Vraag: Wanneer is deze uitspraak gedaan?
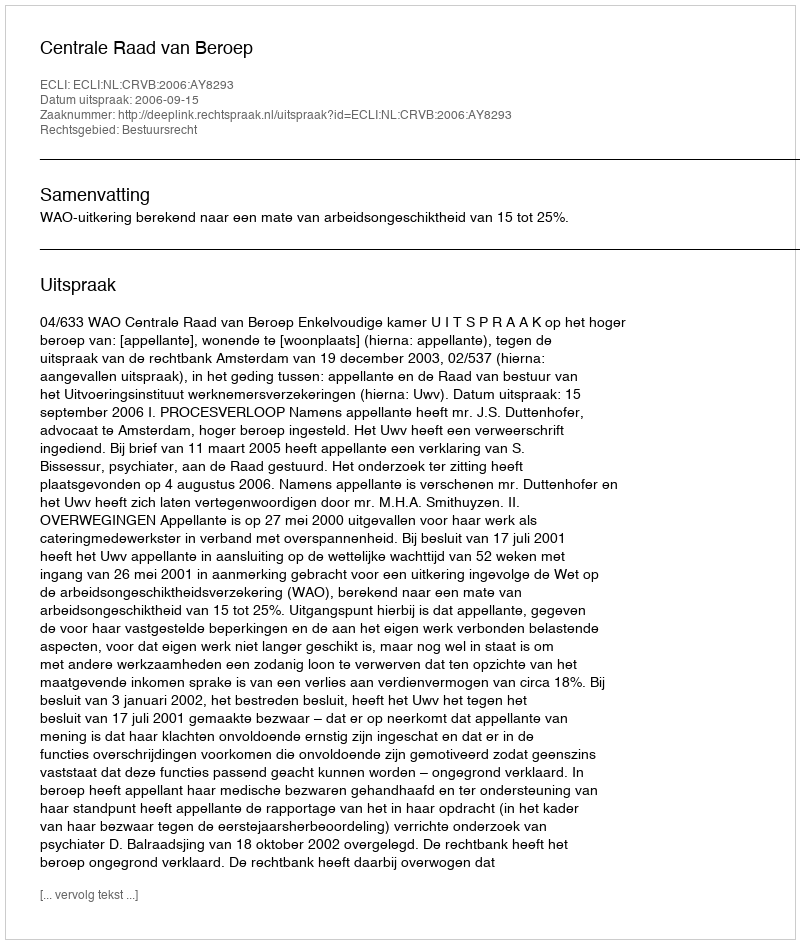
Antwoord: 2006-09-15